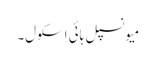
میونسپل ہائی اسکول۔